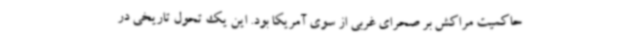
حاکمیت مراکش بر صحرای غربی از سوی آمریکا بود. این یک تحول تاریخی در